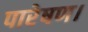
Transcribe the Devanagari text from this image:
पारेषण।